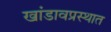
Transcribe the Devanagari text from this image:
खांडावप्रस्थात